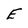
Character: E